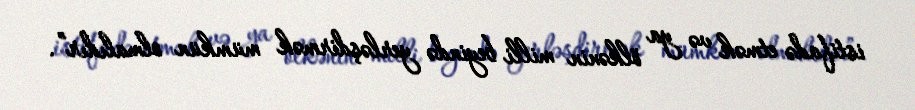
istifadə etmək və ya ölkənin milli beyində yerləşdirmək mümkün olmalıdır”.